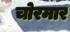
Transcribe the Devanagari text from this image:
चोरमार